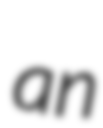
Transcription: an